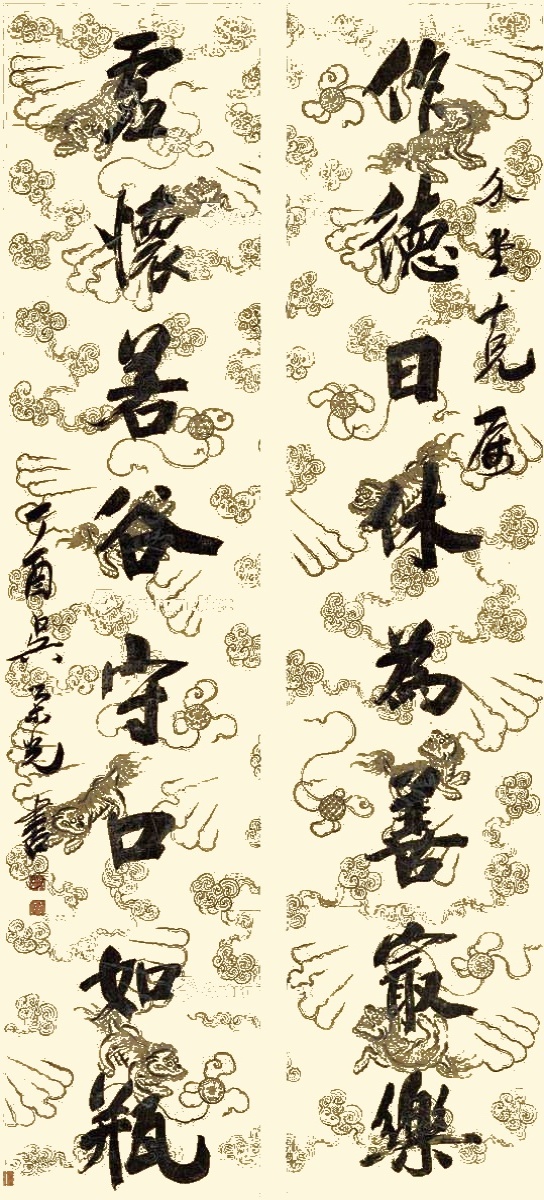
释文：作德日休为善最乐，虚怀若谷守口如瓶。介堂十兄属，丁酉吴荣光书。